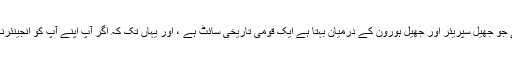
یہ تالا جو تفریحی واٹرکرافٹ کو سینٹ میریز ندی کے ساتھ گزرنے دیتا ہے جو جھیل سپریئر اور جھیل ہورون کے درمیان بہتا ہے ایک قومی تاریخی سائٹ ہے ، اور یہاں تک کہ اگر آپ اپنے آپ کو انجینئرنگ گیک نہیں مانتے ہیں تو ، آپ کو پوری چیز کو کافی دلچسپ نظر آئے گا۔